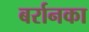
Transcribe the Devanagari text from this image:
बर्रानका